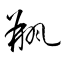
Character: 瓶